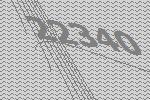
22340